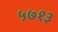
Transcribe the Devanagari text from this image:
५७१३